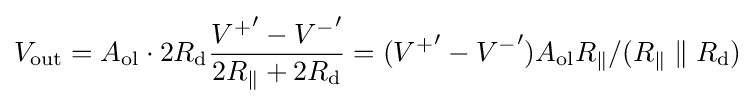
V_{\text{out}}=A_{\text{ol}}\cdot 2R_{\text{d}}{\frac {{V^{+}}'-{V^{-}}'}{2R_{\parallel }+2R_{\text{d}}}}=({V^{+}}'-{V^{-}}')A_{\text{ol}}R_{\parallel }/(R_{\parallel }\parallel R_{\text{d}})